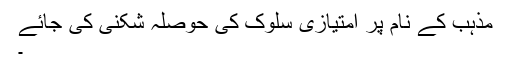
مذہب کے نام پر امتیازی سلوک کی حوصلہ شکنی کی جائے
۔